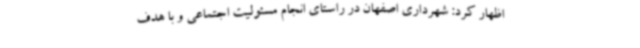
اظهار کرد: شهرداری اصفهان در راستای انجام مسئولیت اجتماعی و با هدف